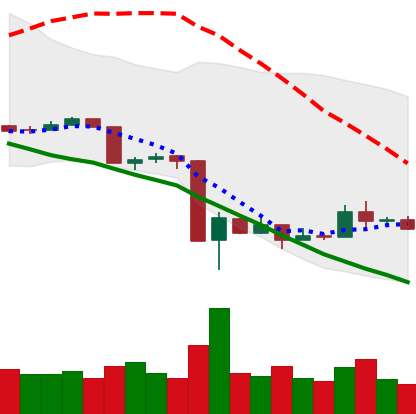
Ticker: XRP-USD
Chart end date: 2020-03-22
Forward return: 17.296%
Label: up_7plus